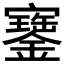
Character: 𡫿